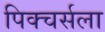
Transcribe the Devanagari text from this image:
पिक्चर्सला